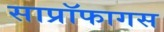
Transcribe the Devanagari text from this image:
साप्रॉफागस